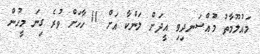
މައުލޫމާތު މުއްސަނދިވި އީދަށް ލަންކާ އަށް 11 ހާހަށް ވުރެ ގިނަ މީހުން